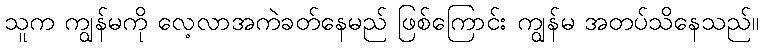
သူက ကျွန်မကို လေ့လာအကဲခတ်နေမည် ဖြစ်ကြောင်း ကျွန်မ အတပ်သိနေသည်။